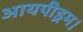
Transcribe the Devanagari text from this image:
आयपीड्रम।